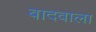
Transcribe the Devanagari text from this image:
बादवाला